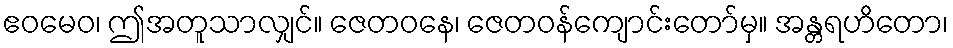
ဧဝမေဝ၊ ဤအတူသာလျှင်။ ဇေတဝနေ၊ ဇေတဝန်ကျောင်းတော်မှ။ အန္တရဟိတော၊